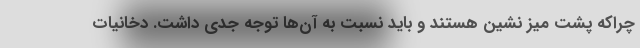
چراکه پشت میز نشین هستند و باید نسبت به آن‌ها توجه جدی داشت. دخانیات